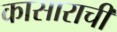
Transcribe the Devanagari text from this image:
कासाराची